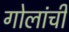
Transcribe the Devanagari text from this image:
गोलांची